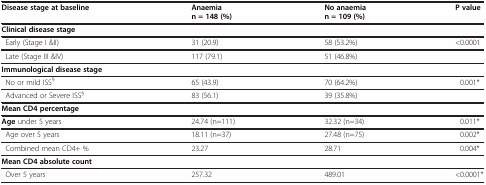
| <ROWSPAN=2> Disease stage at baseline | Anaemia | No anaemia | <ROWSPAN=2> P value |
 | n = 148 (%) | n = 109 (%) |
 | --- | --- | --- | --- |
 | Clinical disease stage |  |  |  |
 | Early (Stage I &II) | 31 (20.9) | 58 (53.2%) | <0.0001 |
 | Late (Stage III &IV) | 117 (79.1) | 51 (46.8%) |  |
 | Immunological disease stage |  |  |  |
 | No or mild ISS§ | 65 (43.9) | 70 (64.2%) | 0.001* |
 | Advanced or Severe ISS§ | 83 (56.1) | 39 (35.8%) |  |
 | Mean CD4 percentage |  |  |  |
 | Age under 5 years | 24.74 (n=111) | 32.32 (n=34) | 0.011* |
 | Age over 5 years | 18.11 (n=37) | 27.48 (n=75) | 0.002* |
 | Combined mean CD4+ % | 23.27 | 28.71 | 0.004* |
 | Mean CD4 absolute count |  |  |  |
 | Over 5 years | 257.32 | 489.01 | <0.0001* |